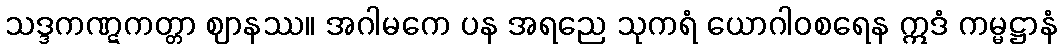
သဒ္ဒကဏ္ဋကတ္တာ ဈာနဿ။ အဂါမကေ ပန အရညေ သုကရံ ယောဂါဝစရေန ဣဒံ ကမ္မဋ္ဌာနံ